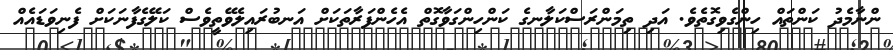
ންނާމެދު ކަންތައް ހިންގެވިގޮތެވެ. އަދި ތިމަންރަސްކަލާނގެ ކަންހިންގަވާގޮތް އެހެންފަރާތަކަށް އަނބުރައިލެވޭތީވެސް ކަލޭގެފާނަކަށް ފެނިވަޑައެއް